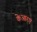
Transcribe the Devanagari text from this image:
केआरए